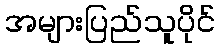
အများပြည်သူပိုင်